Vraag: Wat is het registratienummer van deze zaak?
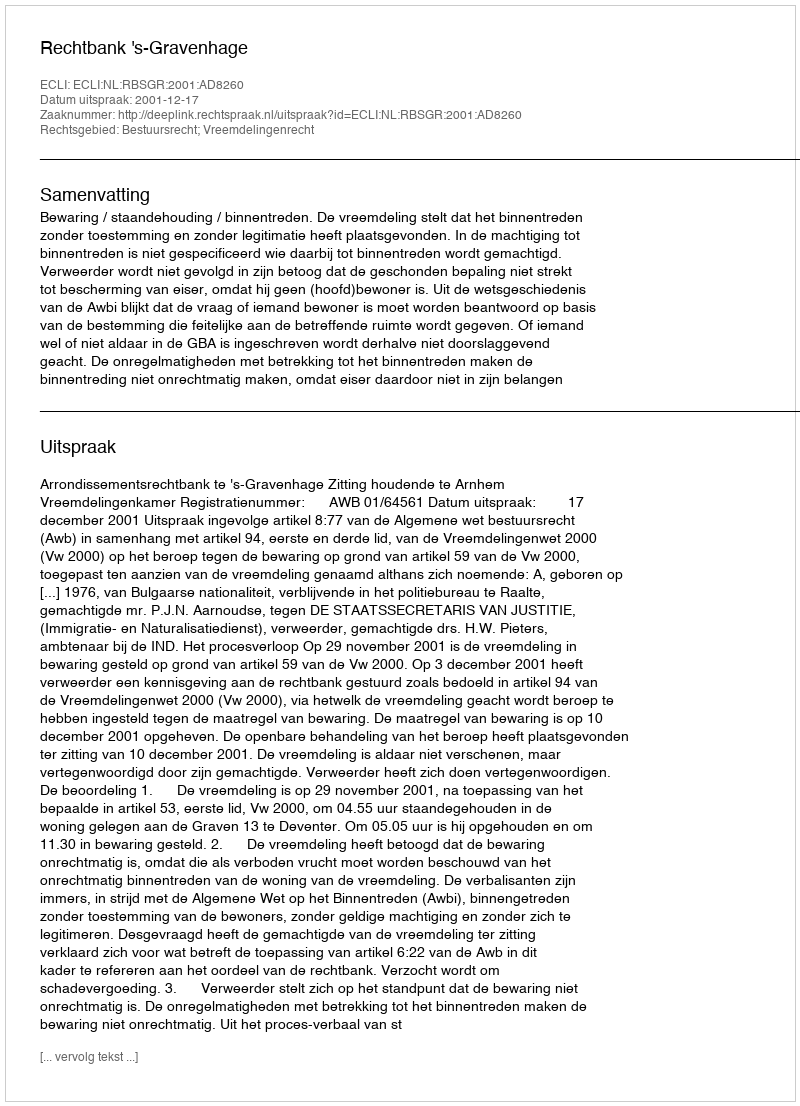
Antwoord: http://deeplink.rechtspraak.nl/uitspraak?id=ECLI:NL:RBSGR:2001:AD8260